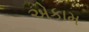
એકામ